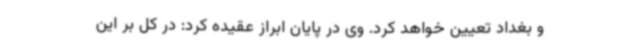
و بغداد تعیین خواهد کرد. وی در پایان ابراز عقیده کرد: در کل بر این